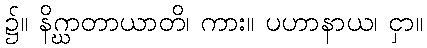
၌။ နိဂ္ဃာတာယာတိ၊ ကား။ ပဟာနာယ၊ ငှာ။